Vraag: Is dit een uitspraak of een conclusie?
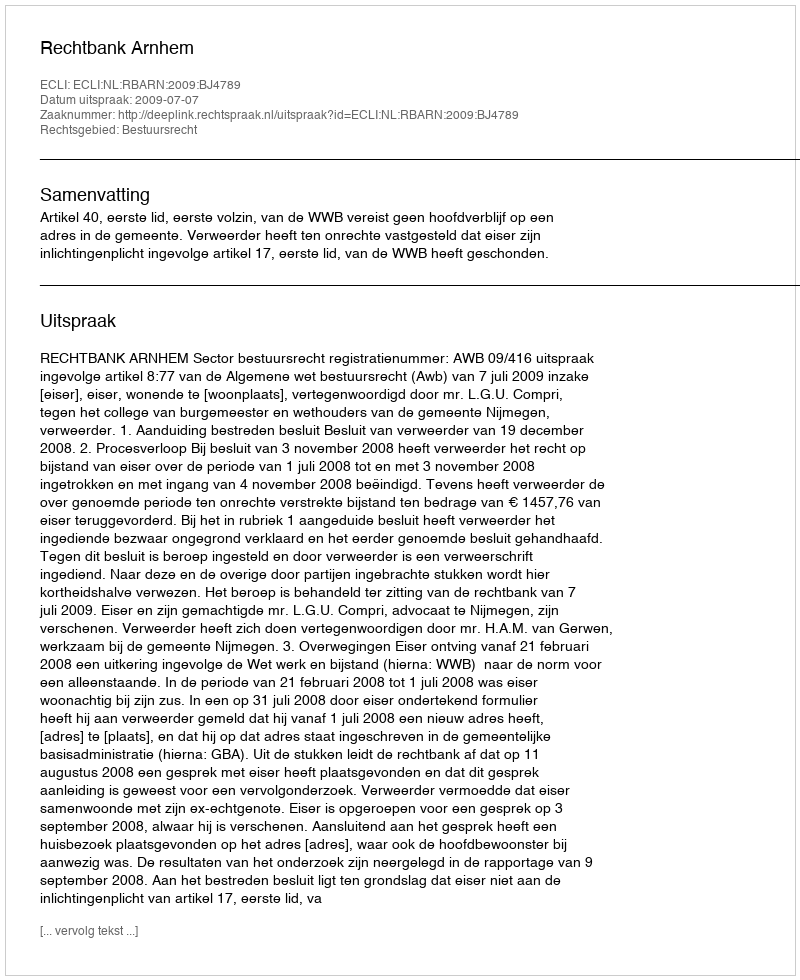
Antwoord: Uitspraak